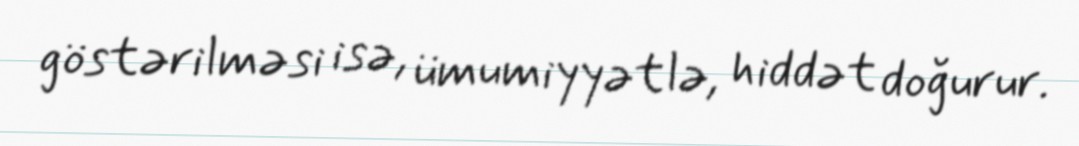
göstərilməsi isə, ümumiyyətlə, hiddət doğurur.